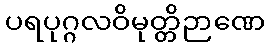
ပရပုဂ္ဂလဝိမုတ္တိဉာဏေ